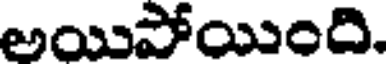
అయిపోయింది.